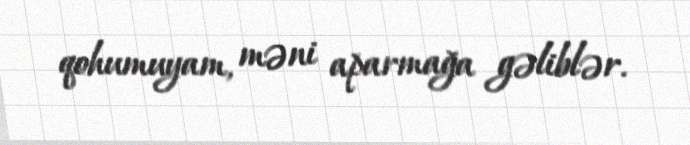
qohumuyam, məni aparmağa gəliblər.